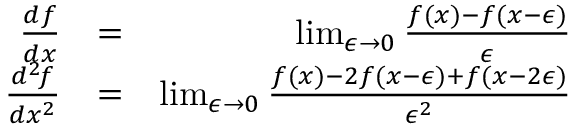
\begin{array} { r l r } { { \frac { d f } { d x } } } & { = } & { \operatorname* { l i m } _ { \epsilon \to 0 } { \frac { f ( x ) - f ( x - \epsilon ) } { \epsilon } } } \\ { { \frac { d ^ { 2 } \! f } { d x ^ { 2 } } } } & { = } & { \operatorname* { l i m } _ { \epsilon \to 0 } { \frac { f ( x ) - 2 f ( x - \epsilon ) + f ( x - 2 \epsilon ) } { \epsilon ^ { 2 } } } } \end{array}